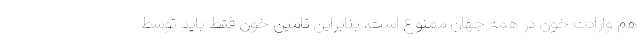
هم وارادت خون در همه جهان ممنوع است، بنابراین تامین خون فقط باید توسط